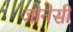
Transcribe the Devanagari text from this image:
जोनेसी